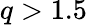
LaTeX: q>1.5